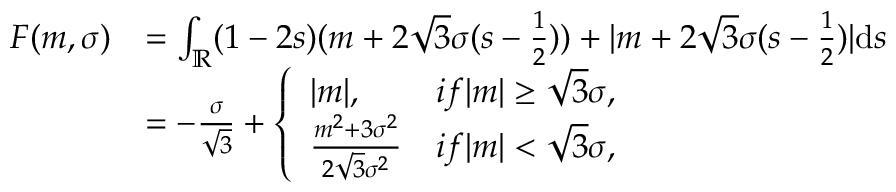
\begin{array} { r l } { F ( m , \sigma ) } & { = \int _ { \mathbb { R } } ( 1 - 2 s ) ( m + 2 \sqrt { 3 } \sigma ( s - \frac 1 2 ) ) + | m + 2 \sqrt { 3 } \sigma ( s - \frac 1 2 ) | \mathrm { d } s } \\ & { = - \frac { \sigma } { \sqrt { 3 } } + \left\{ \begin{array} { l l } { | m | , } & { i f | m | \geq \sqrt { 3 } \sigma , } \\ { \frac { m ^ { 2 } + 3 \sigma ^ { 2 } } { 2 \sqrt { 3 } \sigma ^ { 2 } } } & { i f | m | < \sqrt { 3 } \sigma , } \end{array} \right. } \end{array}